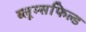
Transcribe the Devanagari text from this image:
ब्लूम्सफिल्ड